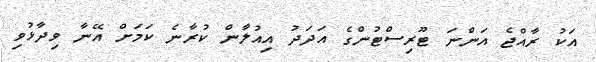
އަކު ރާއްޖެ އަންނަ ޓޫރިސްޓުންގެ އަދަދު އިއުލާން ކުރާނެ ކަމަށް އޭނާ ވިދާޅުވި